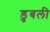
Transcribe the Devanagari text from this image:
डुबली